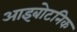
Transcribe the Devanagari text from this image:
आइबोटनिक